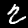
Digit: 2